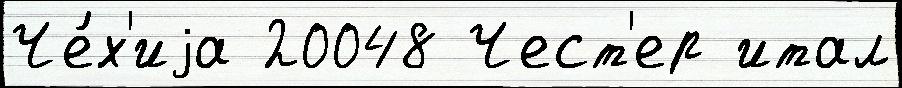
Че́х'иjа 20048 Чест'ер итал